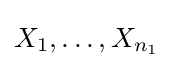
X_{1},\ldots ,X_{n_{1}}